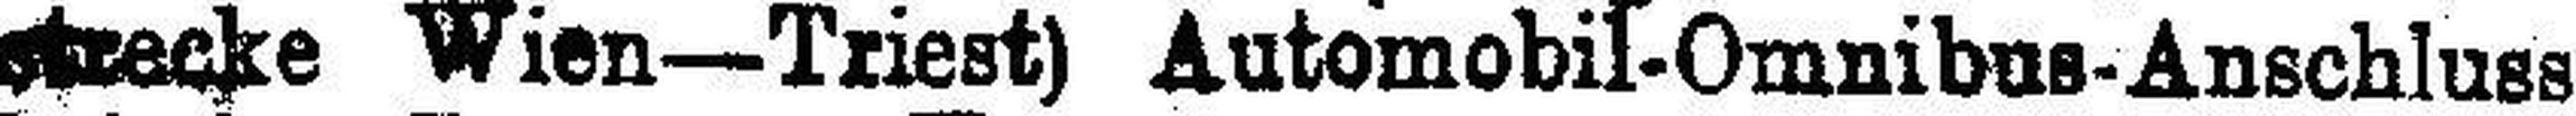
strecke Wien—Triest) Automobil-Omnibus-Anschluss